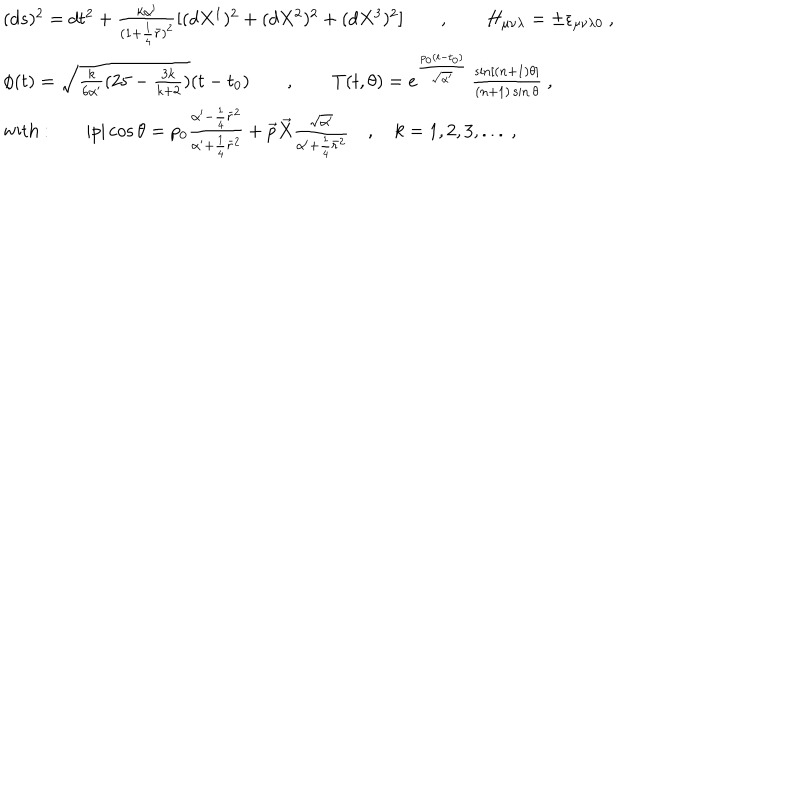
\begin{array} { l } { { ( d s ) ^ { 2 } = d t ^ { 2 } + \frac { k \alpha ^ { \prime } } { ( 1 + \frac { 1 } { 4 } \bar { r } ) ^ { 2 } } [ ( d X ^ { 1 } ) ^ { 2 } + ( d X ^ { 2 } ) ^ { 2 } + ( d X ^ { 3 } ) ^ { 2 } ] \qquad , \qquad H _ { \mu \nu \lambda } = \pm \epsilon _ { \mu \nu \lambda 0 } ~ , } } \\ { { \phi ( t ) = \sqrt { \frac { k } { 6 \alpha ^ { \prime } } ( 2 5 - \frac { 3 k } { k + 2 } ) } ( t - t _ { 0 } ) \qquad , \qquad T ( t , \theta ) = e ^ { \frac { p _ { 0 } ( t - t _ { 0 } ) } { \sqrt { \alpha ^ { \prime } } } } \, \frac { \sin [ ( n + 1 ) \theta ] } { ( n + 1 ) \sin \theta } ~ , } } \\ { { \mathrm { w i t h ~ : } \qquad | p | \cos \theta = p _ { 0 } \frac { \alpha ^ { \prime } - \frac { 1 } { 4 } \bar { r } ^ { 2 } } { \alpha ^ { \prime } + \frac { 1 } { 4 } \bar { r } ^ { 2 } } + \vec { p } \vec { X } \frac { \sqrt { \alpha ^ { \prime } } } { \alpha ^ { \prime } + \frac { 1 } { 4 } \bar { r } ^ { 2 } } \quad , \quad k = 1 , 2 , 3 , . . . ~ , } } \\ \end{array}